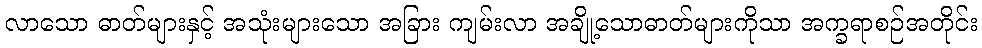
လာသော ဓာတ်များနှင့် အသုံးများသော အခြား ကျမ်းလာ အချို့သောဓာတ်များကိုသာ အက္ခရာစဉ်အတိုင်း